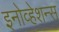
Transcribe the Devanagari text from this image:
इनोव्हेशन्स